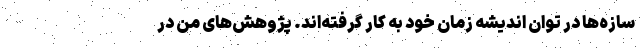
سازه‌ها در توان اندیشه زمان خود به کار گرفته‌اند. پژوهش‌های من در